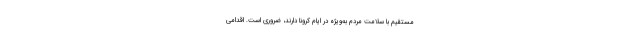
مستقیم با سلامت مردم به‌ویژه در ایام کرونا دارند، ضروری است. اقدامی